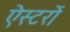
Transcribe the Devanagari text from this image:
ऐस्टरों